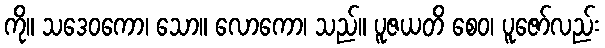
ကို။ သဒေဝကော၊ သော။ လောကော၊ သည်။ ပူဇယတိ စေဝ၊ ပူဇော်လည်း